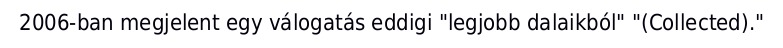
2006-ban megjelent egy válogatás eddigi "legjobb dalaikból" "(Collected)."